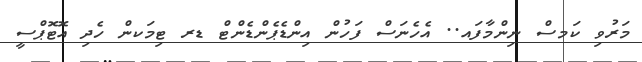
މަރުވި ކަމސް ނިންމާފައ.. އެހެނަސް ފަހުން އިންޑެޕެންޑެންޓް ޑރ ޓިމަކން ހެދި އޮޓޮޕްސީ